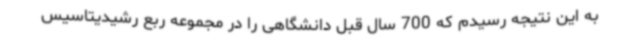
به این نتیجه رسیدم که 700 سال قبل دانشگاهی را در مجموعه ربع رشیدیتاسیس